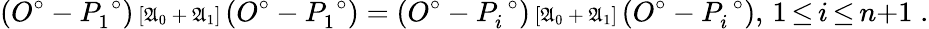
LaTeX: (O^{\circ}-P_{1}^{\; \circ}){\scriptstyle{\, [\mathfrak{A}_{0}{\, +\, }\mathfrak{A}_{1}]\, }}(O^{\circ}-P_{1}^{\; \circ})=(O^{\circ}-P_{i}^{\; \circ}){\scriptstyle{\, [\mathfrak{A}_{0}{\, +\, }\mathfrak{A}_{1}]\, }}(O^{\circ}-P_{i}^{\; \circ}),\, 1{\, \le\, }i{\, \le\, }n{+}1\; .